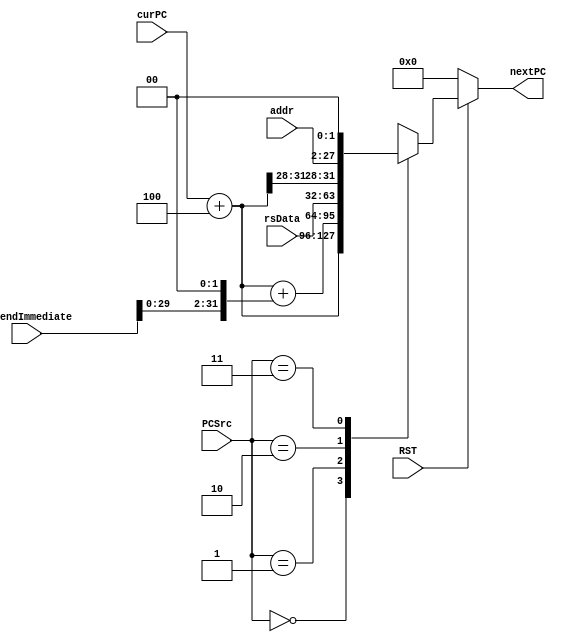
`timescale 1ns / 1ps

module PCSelect(
    input RST,
    input [1:0] PCSrc,
    input [31:0] curPC,
    input [31:0] ExtendImmediate,
    input [31:0] rsData,
    input [25:0] addr,
    output reg [31:0] nextPC
    );
    
    reg [31:0] pc4; // (PC + 4)
    
    always @( RST or PCSrc or curPC or ExtendImmediate or rsData or addr ) begin
        if (RST == 0) begin
            nextPC = 0;
        end
        else begin
            pc4 = curPC + 4;
            case (PCSrc)
                2'b00 : nextPC = pc4;
                2'b01 : nextPC = pc4 + (ExtendImmediate << 2);
                2'b10 : nextPC = rsData;
                2'b11 : nextPC = {pc4[31:28], addr[25:0], 2'b00};
                default : nextPC = 32'h00000000;
            endcase
        end
    end
    
endmodule